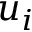
u _ { i }